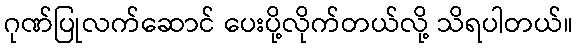
ဂုဏ်ပြုလက်ဆောင် ပေးပို့လိုက်တယ်လို့ သိရပါတယ်။